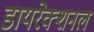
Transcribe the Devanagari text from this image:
डायरेक्शनल